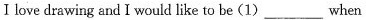
I love drawing and I would like to be (1)____when